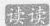
读读